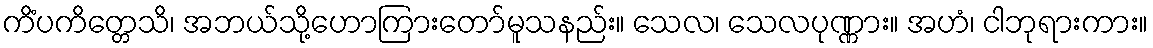
ကိံပကိတ္တေသိ၊ အဘယ်သို့ဟောကြားတော်မူသနည်း။ သေလ၊ သေလပုဏ္ဏား။ အဟံ၊ ငါဘုရားကား။